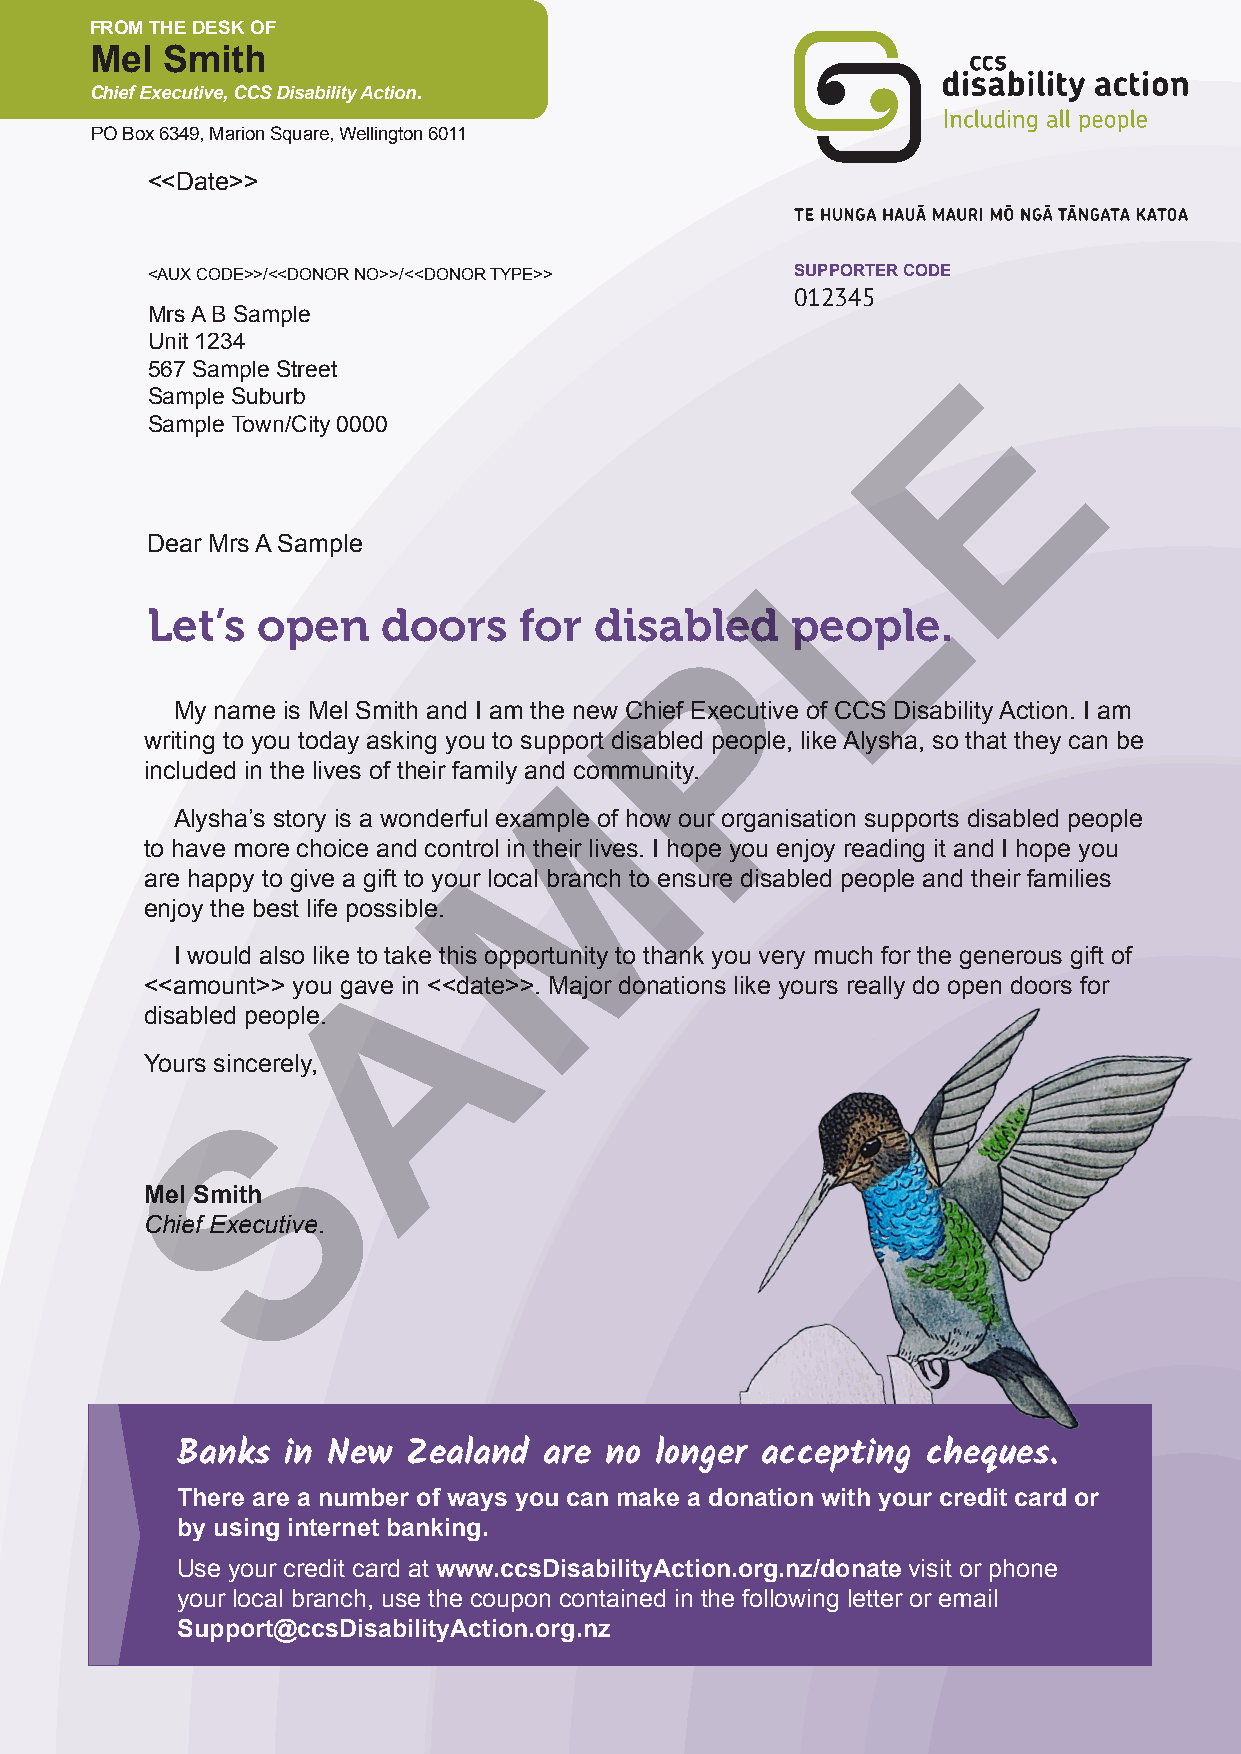
FROM THE DESK OF
 Mel  Smith
 Chief Executive, CCS Disability Action.
 PO Box 6349, Marion Square, Wellington 6011
 <<Date>>
 <AUX CODE>>/<<DONOR NO>>/<<DONOR TYPE>>    SUPPORTER CODE
 012345
 Mrs A B Sample
 Unit 1234
 E
 567 Sample Street
 Sample Suburb
 Sample Town/City 0000
 L
 Dear Mrs A Sample
 Let’s  open    doors    for  disabled     people.
 P
 My name is Mel Smith and I am the new Chief Executive of CCS Disability Action. I am
 writing to you today asking you to support disabled people, like Alysha, so that they can be
 M
 included in the lives of their family and community.
 Alysha’s story is a wonderful example of how our organisation supports disabled people
 to have more choice and control in their lives. I hope you enjoy reading it and I hope you
 are happy to give a gift to your local branch to ensure disabled people and their families
 enjoy the best life possible.
 A
 I would also like to take this opportunity to thank you very much for the generous gift of
 <<amount>> you gave in <<date>>. Major donations like yours really do open doors for
 disabled people.
 Yours sincerely,
 S
 Mel Smith
 Chief Executive.
 Banks  in New  Zealand  are no longer accepting  cheques.
 There are a number of ways you can make a donation with your credit card or
 by using internet banking.
 Use your credit card at www.ccsDisabilityAction.org.nz/donate visit or phone
 your local branch, use the coupon contained in the following letter or email
 Support@ccsDisabilityAction.org.nz